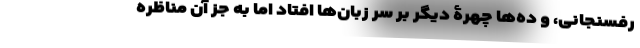
رفسنجانی، و ده‌ها چهرۀ دیگر بر سر زبان‌ها افتاد اما به جز آن مناظره